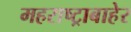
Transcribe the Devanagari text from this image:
महराष्ट्राबाहेर